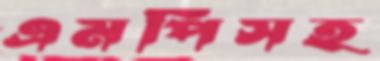
এমপিসহ